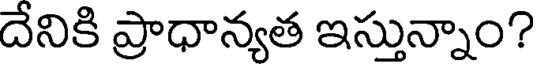
దేనికి ప్రాధాన్యత ఇస్తున్నాం?